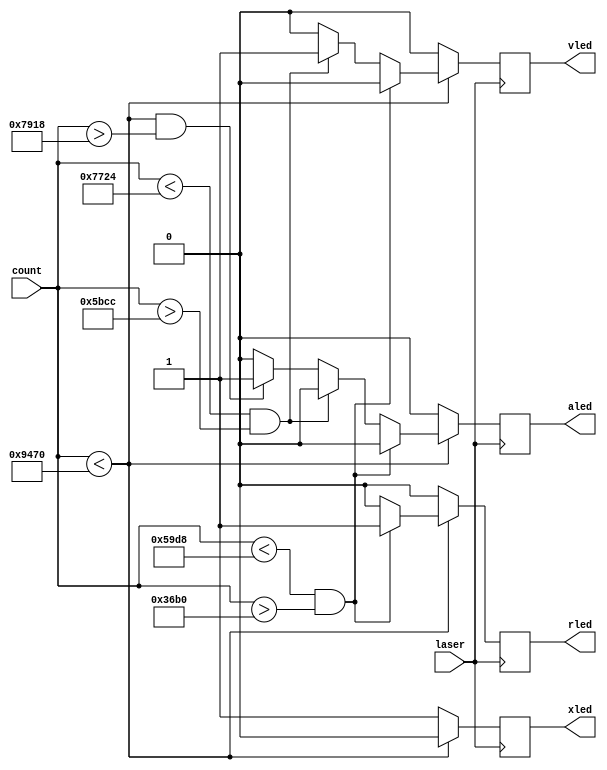
module ultactuador(
	input [19:0]count,
	input laser,
	output reg rled,
	output reg vled,
	output reg aled,
	output reg xled
	
);
//Sensor ubicado a 25cm de la banda
parameter L1=20'd23000; //Para cajas entre 15cm (16000 ciclos) (rojo)
parameter L1m=20'd14000;
parameter L2=20'd30500; //Para cajas entre 10cm (22000 ciclos) (verde)
parameter L2m=20'd23500;
parameter L3=20'd38000; //Para cajas entre 5cm (30000 ciclos) (amarillo)
parameter L3m=20'd31000;

always@(posedge laser)
	begin
		if(count<L3)
			begin
				if(count<L1 && count>L1m) 
					begin 
						rled = 1;
						vled = 0;
						aled = 0;
						xled = 0;
					end
				else if(count<L2 && count>L2m)
					begin
						rled = 0;
						vled = 1;
						aled = 0;
						xled = 0;
					end
				else if(count<L3 && count>L3m)
					begin
						rled = 0;
						vled = 0;
						aled = 1;
						xled = 0;
					end
				else
					begin
						rled = 0;
						vled = 0;
						aled = 0;
						xled = 0;
					end
			end
		else
			begin
				rled = 0;
				vled = 0;
				aled = 0;
				xled = 1;
			end		
	end
endmodule